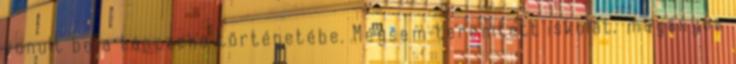
vonult be a tánczene történetébe. Mégsem teremtett iskolát, magányos